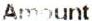
AMOUNT